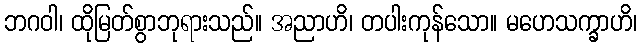
ဘဂဝါ၊ ထိုမြတ်စွာဘုရားသည်။ အညာဟိ၊ တပါးကုန်သော။ မဟေသက္ခာဟိ၊